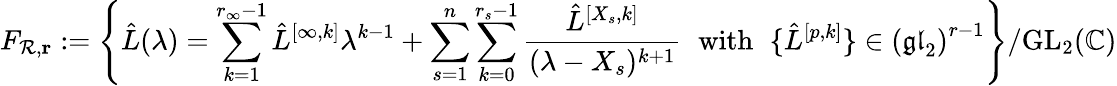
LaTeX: F_{\mathcal{R},\mathbf{r}}:=\left\{ \hat{L}(\lambda)=\sum_{k=1}^{r_{\infty}-1}\hat{L}^{[\infty,k]}\lambda^{k-1}+\sum_{s=1}^{n}\sum_{k=0}^{r_{s}-1}\frac{\hat{L}^{[X_{s},k]}}{(\lambda-X_{s})^{k+1}}\, \, \mathrm{~with~}\, \, \{ \hat{L}^{[p,k]}\} \in\left(\mathfrak{gl}_{2}\right)^{r-1}\right\} /\mathrm{GL}_{2}(\mathbb{C})